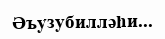
Әъузубилләһи...